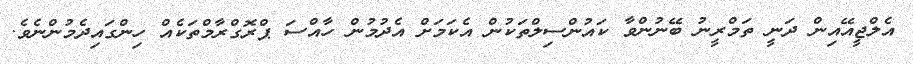
އެލްޖީއޭއިން ދަނީ ތަމްރީނު ބޭނުންވާ ކައުންސިލްތަކުން އެކަމަށް އެދުމުން ހާއްސަ ޕްރޮގްރާމްތަކެއް ހިންގައިދެމުންނެވެ.